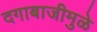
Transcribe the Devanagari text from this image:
दगाबाजीमुळे